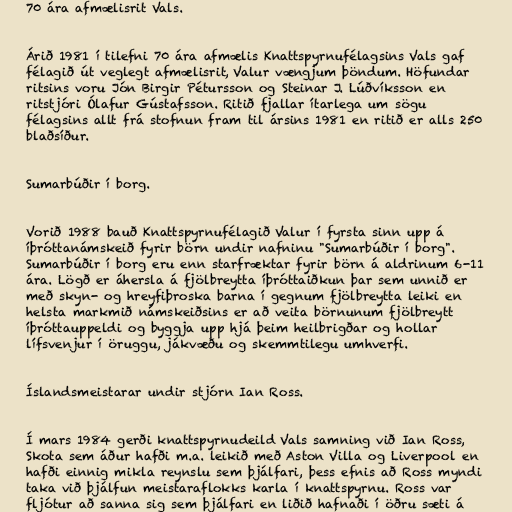
70 ára afmælisrit Vals.

Árið 1981 í tilefni 70 ára afmælis Knattspyrnufélagsins Vals gaf
félagið út veglegt afmælisrit, Valur vængjum þöndum. Höfundar
ritsins voru Jón Birgir Pétursson og Steinar J. Lúðvíksson en
ritstjóri Ólafur Gústafsson. Ritið fjallar ítarlega um sögu
félagsins allt frá stofnun fram til ársins 1981 en ritið er alls 250
blaðsíður.

Sumarbúðir í borg.

Vorið 1988 bauð Knattspyrnufélagið Valur í fyrsta sinn upp á
íþróttanámskeið fyrir börn undir nafninu "Sumarbúðir í borg".
Sumarbúðir í borg eru enn starfræktar fyrir börn á aldrinum 6-11
ára. Lögð er áhersla á fjölbreytta íþróttaiðkun þar sem unnið er
með skyn- og hreyfiþroska barna í gegnum fjölbreytta leiki en
helsta markmið námskeiðsins er að veita börnunum fjölbreytt
íþróttauppeldi og byggja upp hjá þeim heilbrigðar og hollar
lífsvenjur í öruggu, jákvæðu og skemmtilegu umhverfi.

Íslandsmeistarar undir stjórn Ian Ross.

Í mars 1984 gerði knattspyrnudeild Vals samning við Ian Ross,
Skota sem áður hafði m.a. leikið með Aston Villa og Liverpool en
hafði einnig mikla reynslu sem þjálfari, þess efnis að Ross myndi
taka við þjálfun meistaraflokks karla í knattspyrnu. Ross var
fljótur að sanna sig sem þjálfari en liðið hafnaði í öðru sæti á